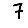
Digit: 7